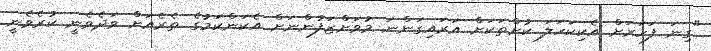
"ގިނަ ފަހަރަށް އެކިކަހަލަ ކުށްތަކަށް އަރައިގަންނަ މުވަށްޒަފުންނަށް އެކަންކަމުގެ ތެރެއަށް ވަދެވެނީ ކުރެވެނީ